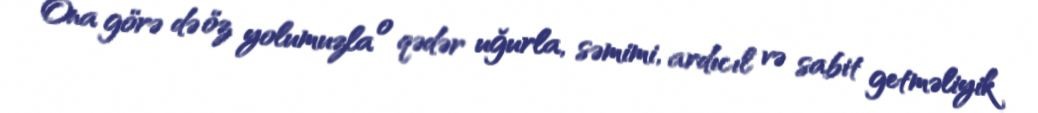
Ona görə də öz yolumuzla o qədər uğurla, səmimi, ardıcıl və sabit getməliyik